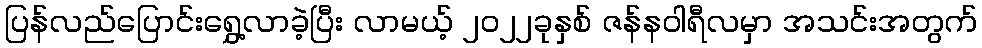
ပြန်လည်ပြောင်းရွှေ့လာခဲ့ပြီး လာမယ့် ၂၀၂၂ခုနှစ် ဇန်နဝါရီလမှာ အသင်းအတွက်